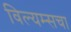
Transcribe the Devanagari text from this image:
विल्यम्सचा